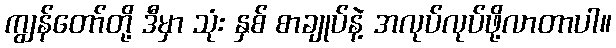
ကျွန်တော်တို့ ဒီမှာ သုံး နှစ် စာချုပ်နဲ့ အလုပ်လုပ်ဖို့လာတာပါ။